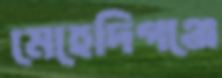
মেহেদিগঞ্জে